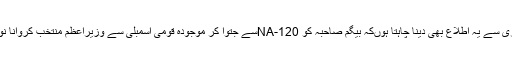
یہ بات لکھنے کے بعد نہایت ذمہ داری سے یہ اطلاع بھی دینا چاہتا ہوںکہ بیگم صاحبہ کو NA-120سے جتوا کر موجودہ قومی اسمبلی سے وزیراعظم منتخب کروانا نوازشریف نے کبھی سوچا ہی نہیں تھا۔